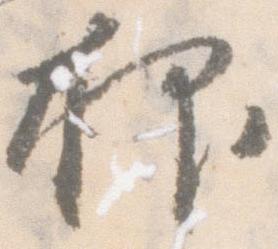
抑